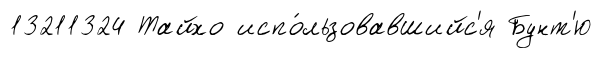
13211324 Тайхо испо́льзовавшийс'я Бунт'ю